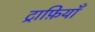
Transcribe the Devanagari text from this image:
ट्राफ़ियाँ